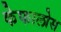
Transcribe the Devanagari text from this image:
केफालोस